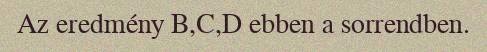
Az eredmény B,C,D ebben a sorrendben.